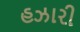
હઝારી